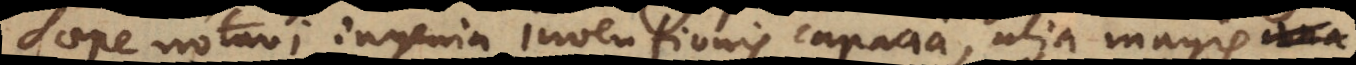
Saepe notavi ingenia inventionis capacia, alia magis